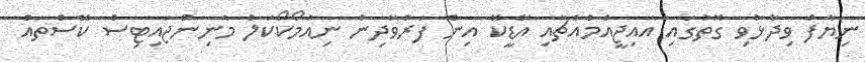
ނިޔާފް ވިދާޅުވި ގޮތުގައި އައިޖީއެމްއެޗާއި އޭޑީކޭ އިން ފަރުވާދިން ނިއުމޯކޯކަލް މެނިންޖައިޓިސް ކޭސްތައް